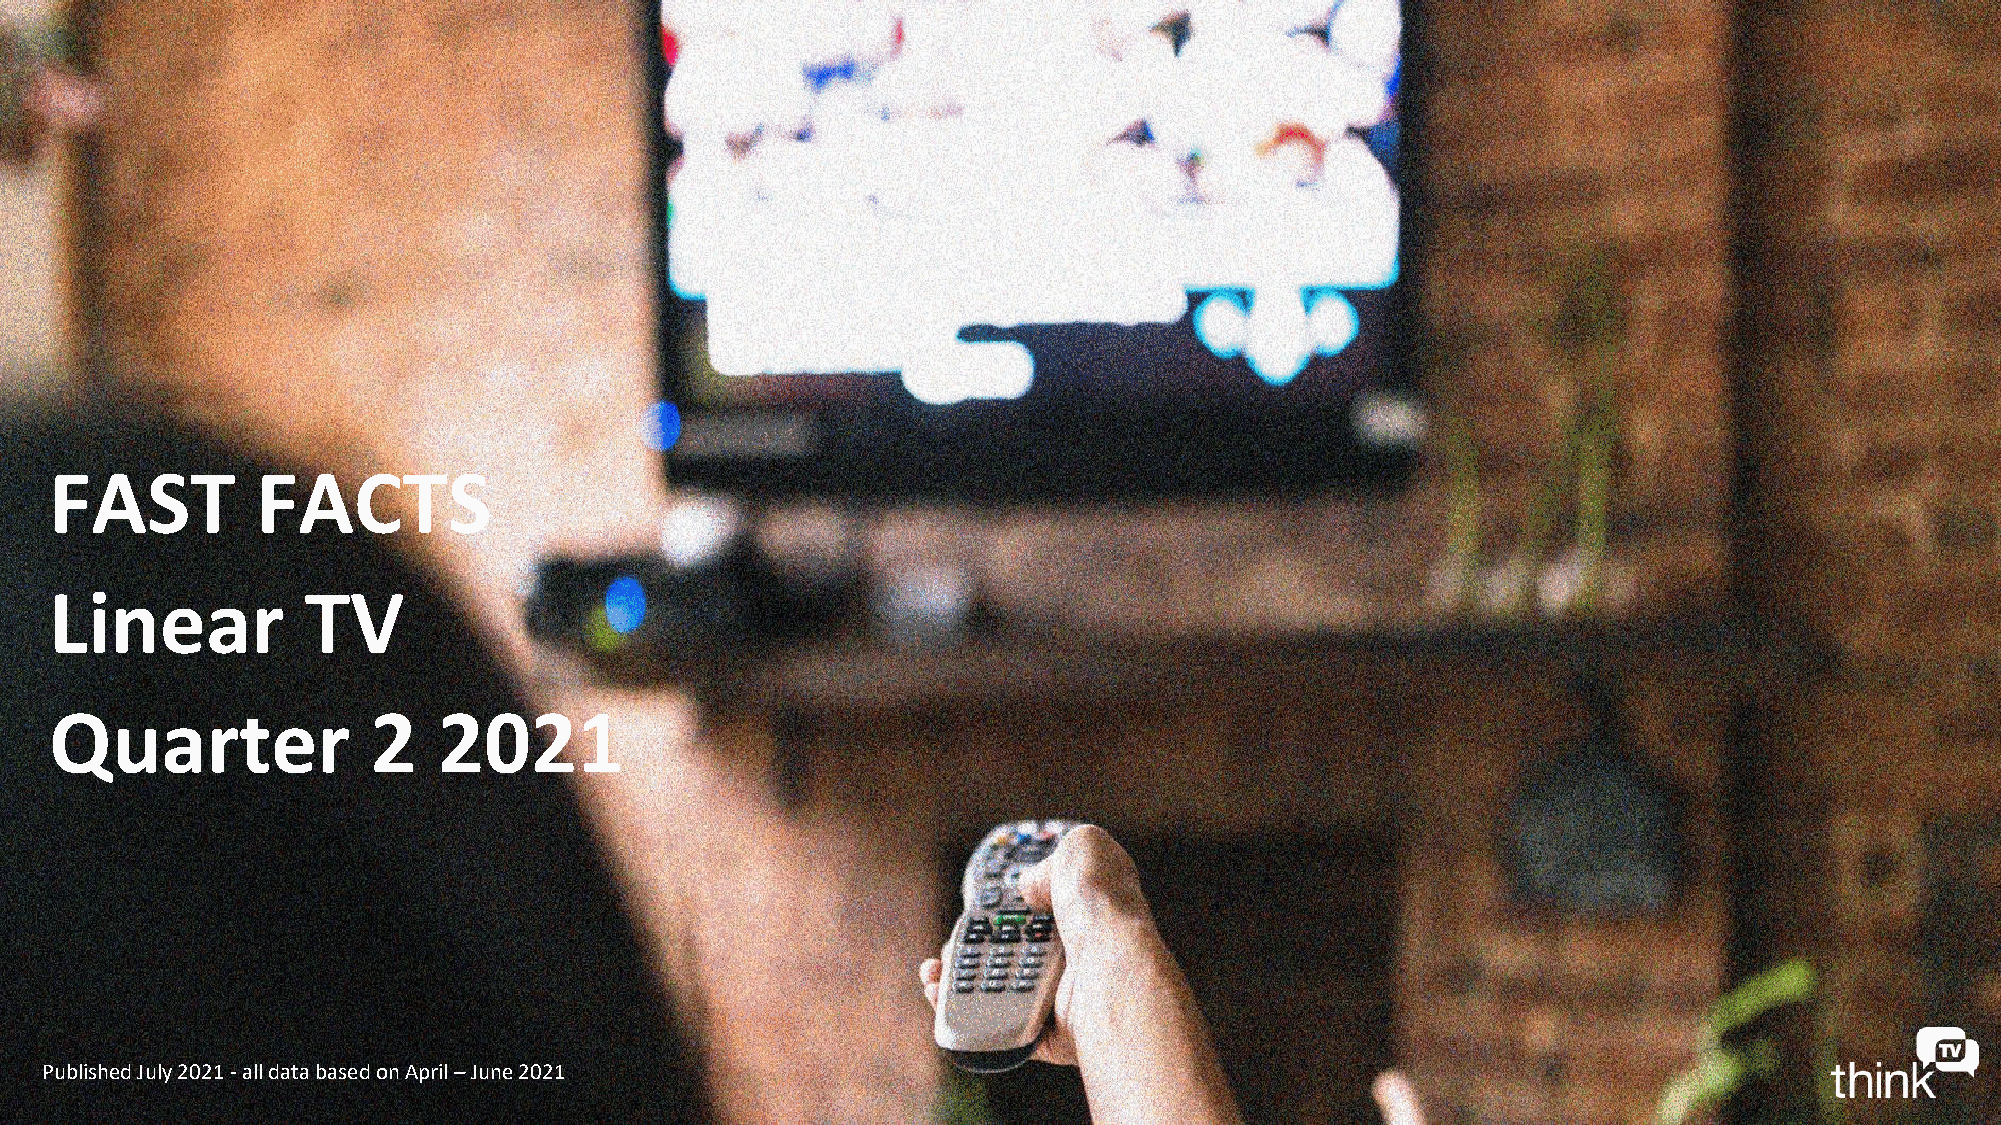
FAST          FACTS
 Linear           TV
 Quarter               2   2021
 Published July 2021 -all data based on April –June 2021